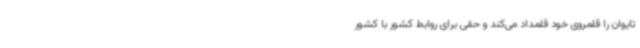
تایوان را قلمروی خود قلمداد می‌کند و حقی برای روابط کشور با کشور